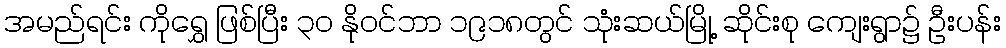
အမည်ရင်း ကိုရွှေ ဖြစ်ပြီး ၃၀ နိုဝင်ဘာ ၁၉၁၈တွင် သုံးဆယ်မြို့ ဆိုင်းစု ကျေးရွာ၌ ဦးပန်း